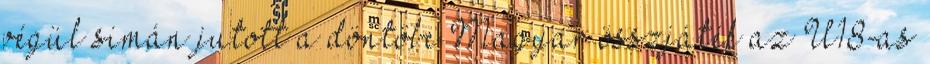
végül simán jutott a döntőbe Magyar összjáték az U18-as